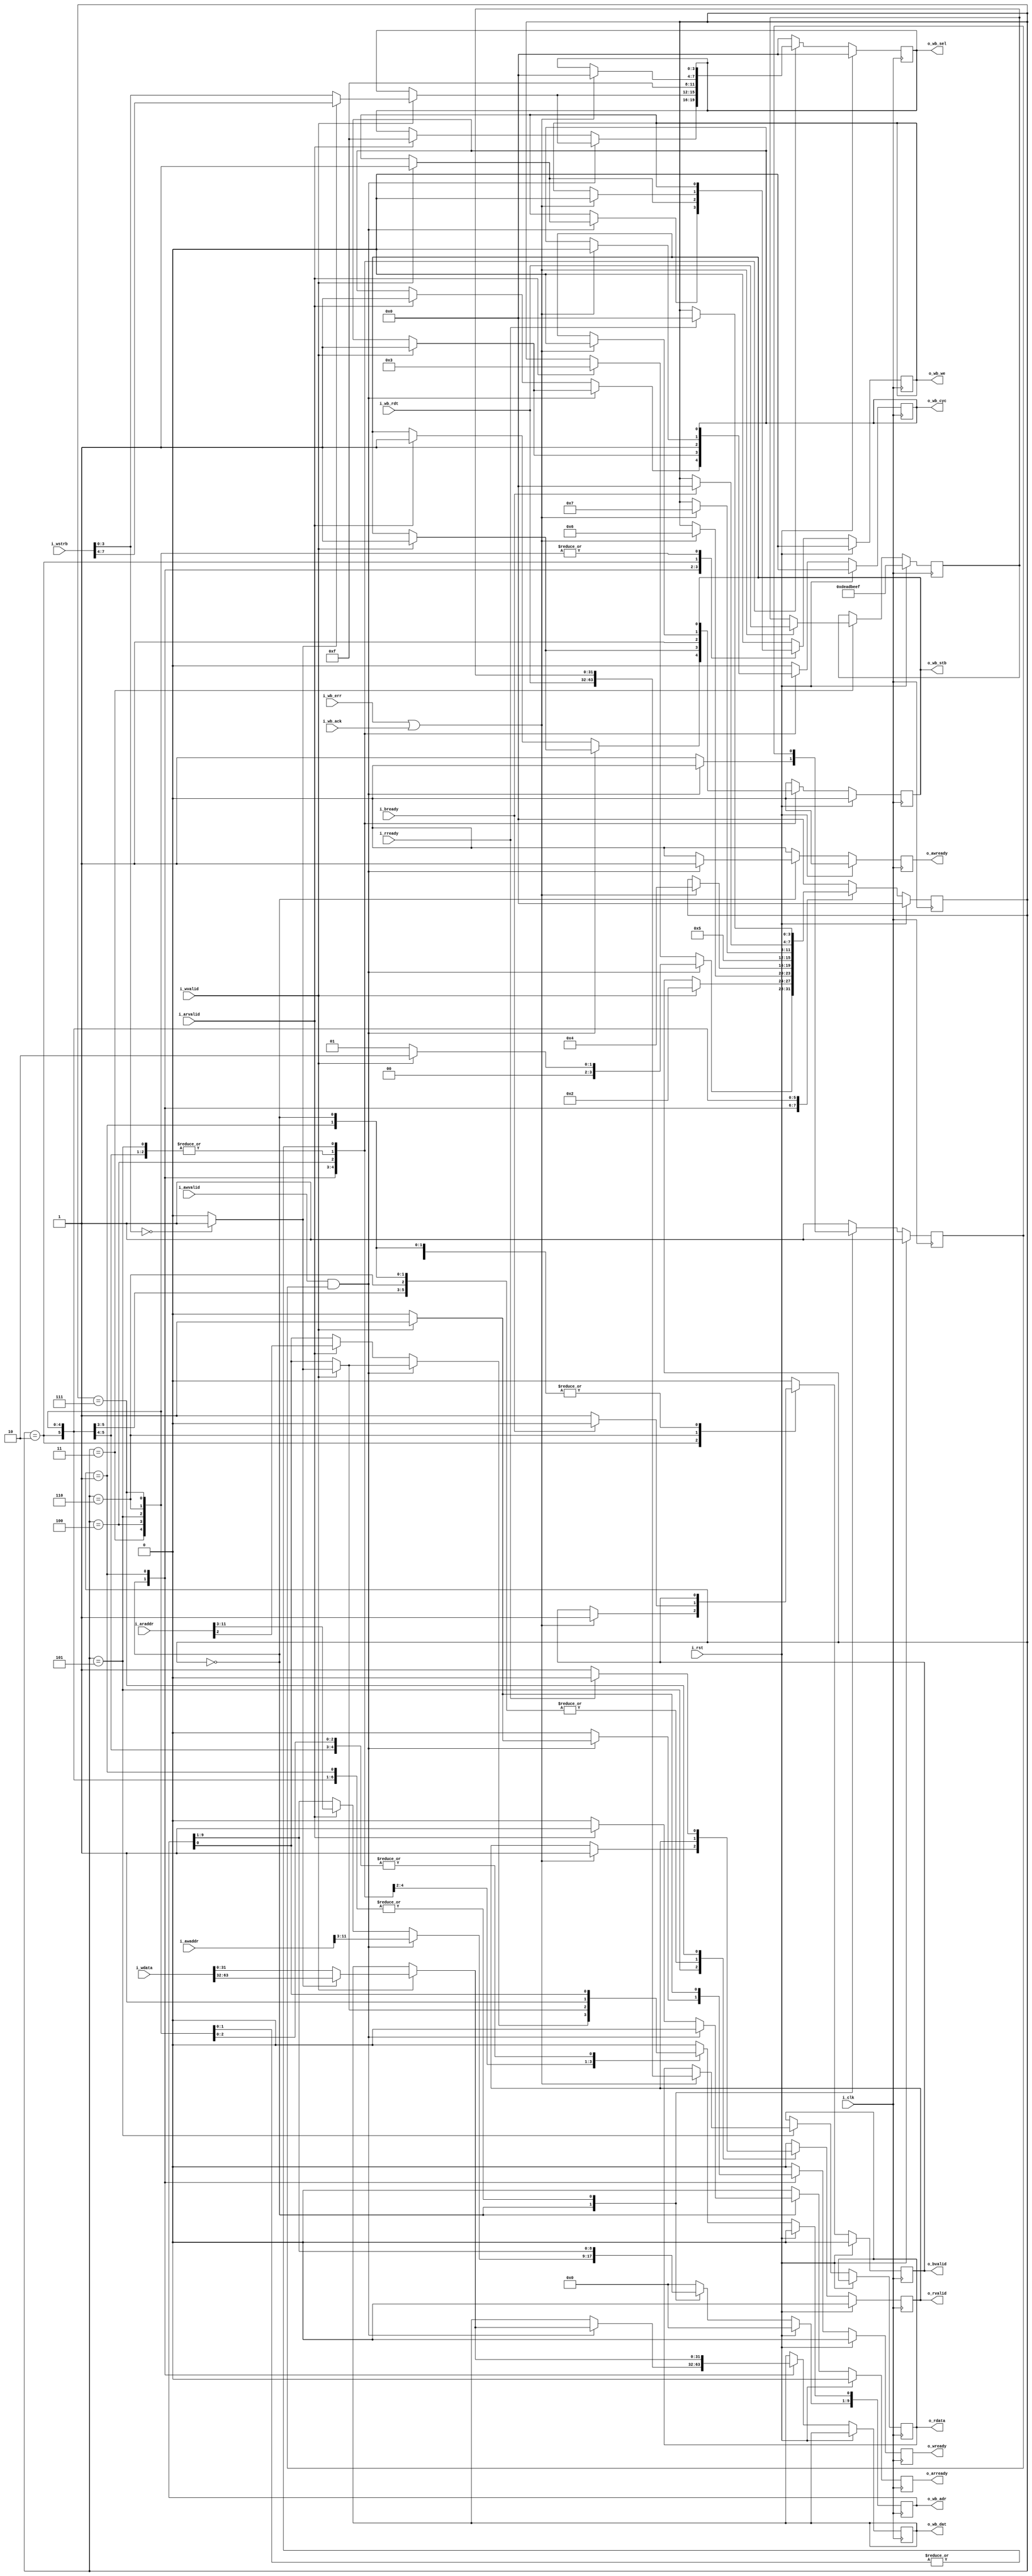
module axi2wb
  (
   input wire i_clk,
   input wire i_rst,

   // Wishbone master
   output reg [11:2] o_wb_adr,
   output reg [31:0] o_wb_dat,
   output reg [3:0] o_wb_sel,
   output reg o_wb_we,
   output reg o_wb_cyc,
   output reg o_wb_stb,

   input wire [31:0] i_wb_rdt,
   input wire i_wb_ack,
   input wire i_wb_err,

   // AXI slave
   // AXI adress write channel
   input wire [11:0] i_awaddr,
   input wire i_awvalid,
   output reg o_awready,
   //AXI adress read channel
   input wire [11:0] i_araddr,
   input wire i_arvalid,
   output reg o_arready,
   //AXI write channel
   input wire [63:0] i_wdata,
   input wire [7:0] i_wstrb,
   input wire i_wvalid,
   output reg o_wready,
   //AXI response channel
   output reg o_bvalid,
   input wire i_bready,
   //AXI read channel
   output reg [63:0] o_rdata,
   output reg o_rvalid,
   input wire i_rready
   );

   reg        hi_32b_w;
   reg 	      arbiter;
   reg 	[31:0]  wb_rdt_low;


   parameter STATESIZE = 4;

   parameter [STATESIZE-1:0]
     IDLE = 4'd0,
     AWACK = 4'd1,
     WBWACK= 4'd2,
     WBRACK1 = 4'd3,
     WBR2 = 4'd4,
     WBRACK2 = 4'd5,
     BAXI = 4'd6,
     RRAXI = 4'd7;

   reg [STATESIZE-1:0] cs;

   // formal helper registers
   reg 		       aw_req;
   reg 		       w_req;
   reg 		       ar_req;


   initial o_rvalid = 1'b0;
   initial o_bvalid = 1'b0;
   initial o_wb_stb = 1'b0;
   initial o_wb_cyc = 1'b0;
   initial o_wb_we = 1'b0;
   initial cs = 4'd0;
   initial aw_req = 1'b0;
   initial w_req = 1'b0;
   initial ar_req = 1'b0;


   always @(posedge i_clk) begin
      if (i_rst) begin
	 o_awready <= 1'b0;
	 o_wready <= 1'b0;
	 o_arready <= 1'b0;
	 o_rvalid <= 1'b0;
	 o_bvalid <= 1'b0;
	 o_wb_adr <= 10'b0;
	 o_wb_cyc <= 1'b0;
	 o_wb_stb <= 1'b0;
	 o_wb_sel <= 4'd0;
	 o_wb_we <= 1'b0;
	 arbiter <= 1'b1;
	 wb_rdt_low <= 32'hDEADBEEF;
	 cs <= IDLE;

	 aw_req <= 1'b0;
	 w_req <= 1'b0;
	 ar_req <= 1'b0;

      end
      else begin
	 o_awready <= 1'b0;
	 o_wready <= 1'b0;
	 o_arready <= 1'b0;

	 if (i_awvalid && o_awready)
	   aw_req <= 1'b1;
	 else if (i_bready && o_bvalid)
	   aw_req <= 1'b0;

	 if (i_wvalid && o_wready)
	   w_req <= 1'b1;
	 else if (i_bready && o_bvalid)
	   w_req <= 1'b0;

	 if (i_arvalid && o_arready)
	   ar_req <= 1'b1;
	 else if (i_rready && o_rvalid)
	   ar_req <= 1'b0;

	 case (cs)
	   IDLE : begin
	      arbiter <= 1'b1;
	      if (i_awvalid && arbiter) begin
		 o_wb_adr[11:3] <= i_awaddr[11:3];
		 o_awready <= 1'b1;
		 arbiter <= 1'b0;
		 if (i_wvalid) begin
		    hi_32b_w = (i_wstrb[3:0] == 4'h0) ? 1'b1 : 1'b0;
		    o_wb_adr[2] <= hi_32b_w;
		    o_wb_cyc <= 1'b1;
		    o_wb_stb <= 1'b1;
		    o_wb_sel <= hi_32b_w ? i_wstrb[7:4] : i_wstrb[3:0];
		    o_wb_dat <= hi_32b_w ? i_wdata[63:32] : i_wdata[31:0];
		    o_wb_we <= 1'b1;
		    o_wready <= 1'b1;
		    cs <= WBWACK;
		 end
		 else begin
		    cs <= AWACK;
		 end
	      end
	      else if (i_arvalid) begin
		 o_wb_adr[11:2] <= i_araddr[11:2];
		 o_wb_sel <= 4'hF;
		 o_wb_cyc <= 1'b1;
		 o_wb_stb <= 1'b1;
		 o_arready <= 1'b1;
		 cs <= WBRACK1;
	      end
	   end

	   AWACK : begin
	      if (i_wvalid) begin
		 hi_32b_w = (i_wstrb[3:0] == 4'h0) ? 1'b1 : 1'b0;
		 o_wb_adr[2] <= hi_32b_w;
		 o_wb_cyc <= 1'b1;
		 o_wb_stb <= 1'b1;
		 o_wb_sel <= hi_32b_w ? i_wstrb[7:4] : i_wstrb[3:0];
		 o_wb_dat <= hi_32b_w ? i_wdata[63:32] : i_wdata[31:0];
		 o_wb_we <= 1'b1;
		 o_wready <= 1'b1;
		 cs <= WBWACK;
	      end
	   end

	   WBWACK : begin
	      if ( i_wb_err || i_wb_ack ) begin
		 o_wb_cyc <= 1'b0;
		 o_wb_stb <= 1'b0;
		 o_wb_sel <= 4'h0;
		 o_wb_we <= 1'b0;
		 o_bvalid <= 1'b1;
		 cs <= BAXI;
	      end
	   end

	   WBRACK1 : begin
	      if ( i_wb_err || i_wb_ack) begin
		 o_wb_cyc <= 1'b0;
		 o_wb_stb <= 1'b0;
		 o_wb_sel <= 4'h0;
		 wb_rdt_low <= i_wb_rdt;
		 cs <= WBR2;
	      end
	   end

	   WBR2 : begin
	      o_wb_adr[2] <= 1'b1;
	      o_wb_sel <= 4'hF;
	      o_wb_cyc <= 1'b1;
	      o_wb_stb <= 1'b1;
	      cs <= WBRACK2;
	   end


	   WBRACK2 : begin
	      if ( i_wb_err || i_wb_ack) begin
		 o_wb_cyc <= 1'b0;
		 o_wb_stb <= 1'b0;
		 o_wb_sel <= 4'h0;
		 o_rvalid <= 1'b1;
		 o_rdata <= {i_wb_rdt, wb_rdt_low};
		 cs <= RRAXI;
	      end
	   end

	   BAXI : begin
	      o_bvalid <= 1'b1;
	      if (i_bready) begin
		 o_bvalid <= 1'b0;
		 cs <= IDLE;
	      end
	   end

	   RRAXI : begin
	      o_rvalid <= 1'b1;
	      if (i_rready) begin
		 o_rvalid <= 1'b0;
		 cs <= IDLE;
	      end
	   end

	   default : begin
	      o_awready <= 1'b0;
	      o_wready <= 1'b0;
	      o_arready <= 1'b0;
	      o_rvalid <= 1'b0;
	      o_bvalid <= 1'b0;
	      o_wb_adr <= 10'b0;
	      o_wb_cyc <= 1'b0;
	      o_wb_stb <= 1'b0;
	      o_wb_sel <= 4'd0;
	      o_wb_we <= 1'b0;
	      arbiter <= 1'b1;
	      cs <= IDLE;
	   end
	 endcase
      end
   end

`ifdef FORMAL
   localparam	F_LGDEPTH = 4;

   wire	[(F_LGDEPTH-1):0]	faxi_awr_outstanding,
				faxi_wr_outstanding,
				faxi_rd_outstanding;


   faxil_slave
     #(
         .C_AXI_DATA_WIDTH(64),
	 .C_AXI_ADDR_WIDTH(12),
	 .F_OPT_BRESP      (1'b1),
	 .F_OPT_RRESP      (1'b1),
	 .F_AXI_MAXWAIT    (16),
	 .F_AXI_MAXDELAY   (4),
	 .F_AXI_MAXRSTALL  (1),
	 .F_LGDEPTH(F_LGDEPTH))
   faxil_slave
     (
	    .i_clk(i_clk),
	    .i_axi_reset_n(~i_rst),
	    //
       	    .i_axi_awaddr(i_awaddr),
	    .i_axi_awcache(4'h0),
	    .i_axi_awprot(3'd0),
	    .i_axi_awvalid(i_awvalid),
	    .i_axi_awready(o_awready),
	    //
	    .i_axi_wdata(i_wdata),
	    .i_axi_wstrb(i_wstrb),
	    .i_axi_wvalid(i_wvalid),
	    .i_axi_wready(o_wready),
	    //
	    .i_axi_bresp(2'd0),
	    .i_axi_bvalid(o_bvalid),
	    .i_axi_bready(i_bready),
	    //
	    .i_axi_araddr(i_araddr),
	    .i_axi_arprot(3'd0),
	    .i_axi_arcache(4'h0),
	    .i_axi_arvalid(i_arvalid),
	    .i_axi_arready(o_arready),
	    //
	    .i_axi_rdata(o_rdata),
	    .i_axi_rresp(2'd0),
	    .i_axi_rvalid(o_rvalid),
	    .i_axi_rready(i_rready),
	    //
	    .f_axi_rd_outstanding(faxi_rd_outstanding),
	    .f_axi_wr_outstanding(faxi_wr_outstanding),
	    .f_axi_awr_outstanding(faxi_awr_outstanding));


   always @(*) begin

      assert(faxi_awr_outstanding <= 1);
      assert(faxi_wr_outstanding <= 1);
      assert(faxi_rd_outstanding <= 1);

      case (cs)
	IDLE : begin
	   assert(!o_wb_we);
	   assert(!o_wb_stb);
	   assert(!o_wb_cyc);
	   assert(!aw_req);
	   assert(!ar_req);
	   assert(!w_req);
	   assert(faxi_awr_outstanding == 0);
	   assert(faxi_wr_outstanding == 0);
	   assert(faxi_rd_outstanding == 0);
	end
	AWACK : begin
	   assert(!o_wb_we);
	   assert(!o_wb_stb);
	   assert(!o_wb_cyc);
	   assert(faxi_awr_outstanding == (aw_req ? 1:0));
	   assert(faxi_wr_outstanding == 0);
	   assert(faxi_rd_outstanding == 0);
	end
	WBWACK : begin
	   assert(faxi_awr_outstanding == (aw_req ? 1:0));
	   assert(faxi_wr_outstanding == (w_req ? 1:0));
	   assert(faxi_rd_outstanding == 0);
	end
	WBRACK : begin
	   assert(faxi_awr_outstanding == 0);
	   assert(faxi_wr_outstanding == 0);
	   assert(faxi_rd_outstanding == (ar_req ? 1:0));
	   end
	BAXI : begin
	   assert(faxi_rd_outstanding == 0);
	end
	RRAXI : begin
	   assert(faxi_awr_outstanding == 0);
	   assert(faxi_wr_outstanding == 0);
	end

	default:
	  assert(0);
      endcase // case (cs)
   end

   fwbc_master
     #(.AW (10),
       .DW (32),
       .F_MAX_DELAY (4),
       .OPT_BUS_ABORT (0))
   fwbc_master
     (.i_clk      (i_clk),
      .i_reset    (i_rst),
      .i_wb_addr  (o_wb_adr),
      .i_wb_data  (o_wb_dat),
      .i_wb_sel   (o_wb_sel),
      .i_wb_we    (o_wb_we),
      .i_wb_cyc   (o_wb_cyc),
      .i_wb_stb   (o_wb_stb),
      .i_wb_cti   (3'd0),
      .i_wb_bte   (2'd0),
      .i_wb_idata (i_wb_rdt),
      .i_wb_ack   (i_wb_ack),
      .i_wb_err   (i_wb_err),
      .i_wb_rty   (1'b0));

`endif
endmodule